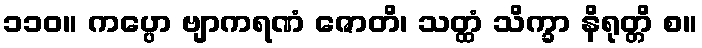
၁၁၀။ ကပ္ပော ဗျာကရဏံ ဇောတိ၊ သတ္ထံ သိက္ခာ နိရုတ္တိ စ။